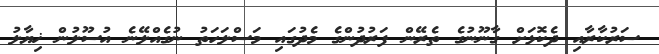
ސަރުކާރާއި ދެކޮޅަށް ގާނޫނުގެ ތެރޭން ފަރުދުންގެ މެދުގައި މަސްލަހަތު ނުގެއްލޭނެ އުސޫލުން ޚިޔާލު